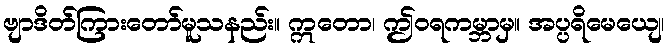
ဗျာဒိတ်ကြားတော်မူသနည်း။ ဣတော၊ ဤဝရကမ္ဘာမှ။ အပ္ပရိမေယျေ၊